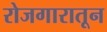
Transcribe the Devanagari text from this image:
रोजगारातून